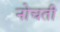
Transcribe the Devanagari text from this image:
नोचती